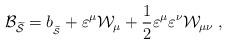
LaTeX: \begin{align*}{\cal B}_{\widetilde{{\cal S}}}=b_{_{\widetilde{{\cal S}}}}+\varepsilon ^\mu {\cal W}_\mu +\frac 12\varepsilon ^\mu \varepsilon ^\nu {\cal W}_{\mu \nu}\;, \end{align*}